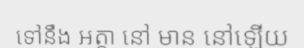
ទៅនឹង អត្តា នៅ មាន នៅឡើយ